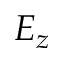
E _ { z }